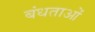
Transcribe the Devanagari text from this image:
बंधताओं